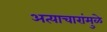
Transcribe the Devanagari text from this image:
अत्याचारांमुळे